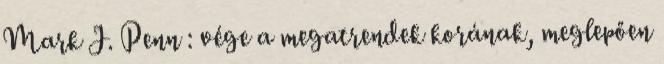
Mark J. Penn : vége a megatrendek korának, meglepően